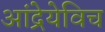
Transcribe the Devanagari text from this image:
आंद्रेयेविच